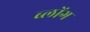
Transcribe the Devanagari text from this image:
ब्लोंग